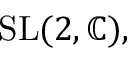
{ \mathrm { S L } } ( 2 , \mathbb { C } ) ,